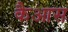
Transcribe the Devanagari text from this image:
कैआस